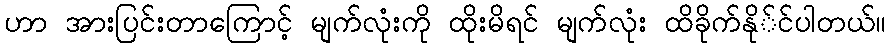
ဟာ အားပြင်းတာကြောင့် မျက်လုံးကို ထိုးမိရင် မျက်လုံး ထိခိုက်နို်င်ပါတယ်။